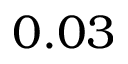
0 . 0 3